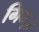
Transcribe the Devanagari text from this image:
गिग्ज़